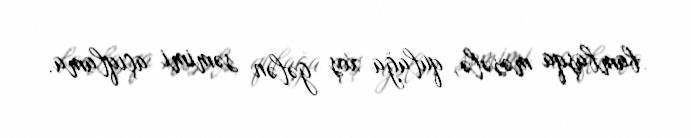
bambaşqa məsələ, qulağa xoş gələn səmimi açıqlama.